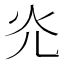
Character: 灮